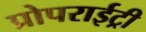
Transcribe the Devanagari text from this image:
प्रोपराईट्री